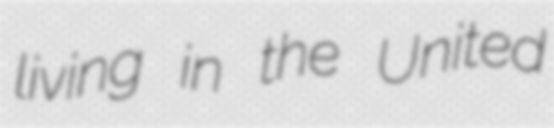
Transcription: living in the United